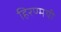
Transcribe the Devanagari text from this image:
हिरण्मयी